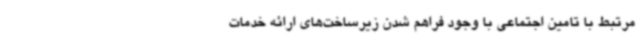
مرتبط با تامین اجتماعی با وجود فراهم شدن زیرساخت‌های ارائه خدمات